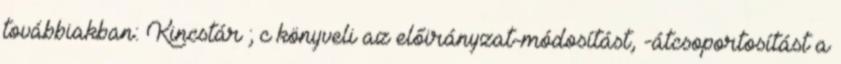
továbbiakban: Kincstár ; c könyveli az előirányzat-módosítást, -átcsoportosítást a